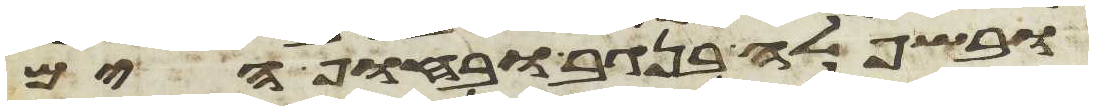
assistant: ובשפלה בנגב ובחוף הים